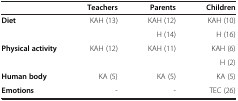
|  | Teachers | Parents | Children |
 | --- | --- | --- | --- |
 | <ROWSPAN=2> Diet | <ROWSPAN=2> KAH (13) | KAH (12) | KAH (10) |
 | H (14) | H (16) |
 | <ROWSPAN=2> Physical activity | <ROWSPAN=2> KAH (12) | <ROWSPAN=2> KAH (11) | KAH (6) |
 | H (2) |
 | Human body | KA (5) | KA (5) | KA (5) |
 | Emotions | - | - | TEC (26) |